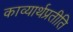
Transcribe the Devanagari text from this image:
काव्यार्थप्रतीति